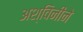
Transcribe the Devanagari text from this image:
अश्विनींने